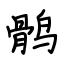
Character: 鹘